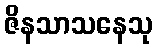
ဇိနသာသနေသု